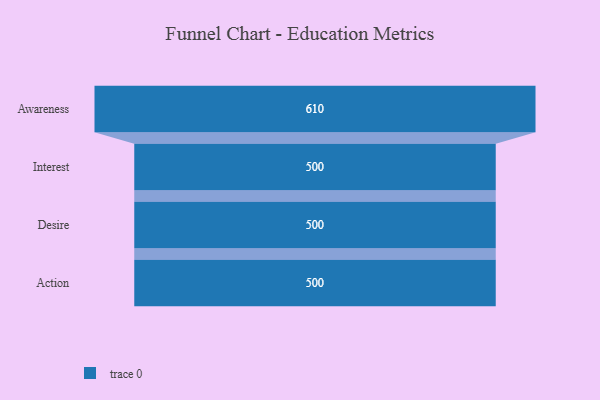
{"axis": {"x": "Stage", "y": "Value"}, "legend": [""], "data": [{"x": "Awareness", "y": 610.0, "type": ""}, {"x": "Interest", "y": 500, "type": ""}, {"x": "Desire", "y": 500, "type": ""}, {"x": "Action", "y": 500, "type": ""}]}